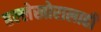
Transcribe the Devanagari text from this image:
हल्लेखोरालाही